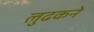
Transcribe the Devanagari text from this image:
लुढकने